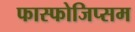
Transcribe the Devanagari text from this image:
फास्फोजिप्सम